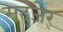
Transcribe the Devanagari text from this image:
मद्जेर्